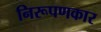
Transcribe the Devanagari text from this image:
निरूपणकार